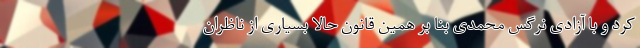
کرد و با آزادی نرگس محمدی بنا بر همین قانون حالا بسیاری از ناظران